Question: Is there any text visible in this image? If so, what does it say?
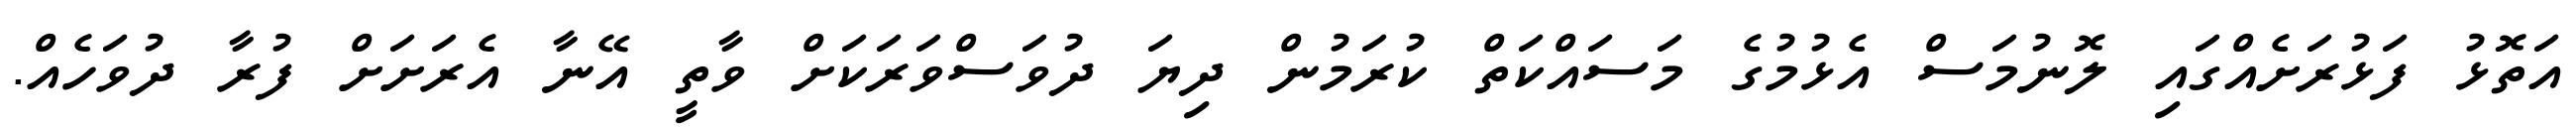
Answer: އަތޮޅު ފަޅުރަށެއްގައި ލޮނުމަސް އެޅުމުގެ މަސައްކަތް ކުރަމުން ދިޔަ ދުވަސްވަރަކަށް ވާތީ އޭނާ އެރަށަށް ފުރާ ދުވަހެއް.